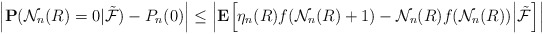
\begin{align*}\Big|\mathbf P({\mathcal N}_n(R)=0|\tilde{\mathcal F})- P_n(0)\Big|\le\Big|\mathbf E\Big[\eta_n(R)f({\mathcal N}_n(R)+1)-{\mathcal N}_n(R)f({\mathcal N}_n(R))\Big|\tilde{\mathcal F}\Big]\Big|\end{align*}